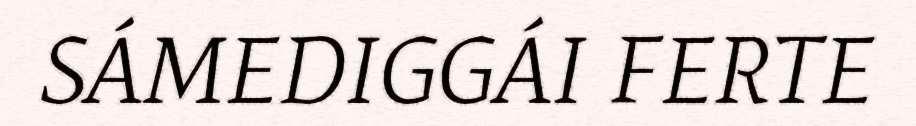
SÁMEDIGGÁI FERTE